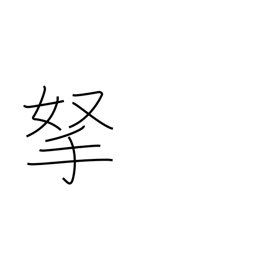
Meaning: catch